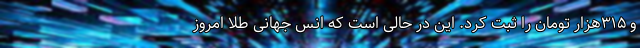
و ۳۱۵هزار تومان را ثبت کرد. این در حالی است که انس جهانی طلا امروز